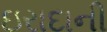
ઇરાદાની